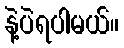
နဲ့ပဲရပါမယ်။